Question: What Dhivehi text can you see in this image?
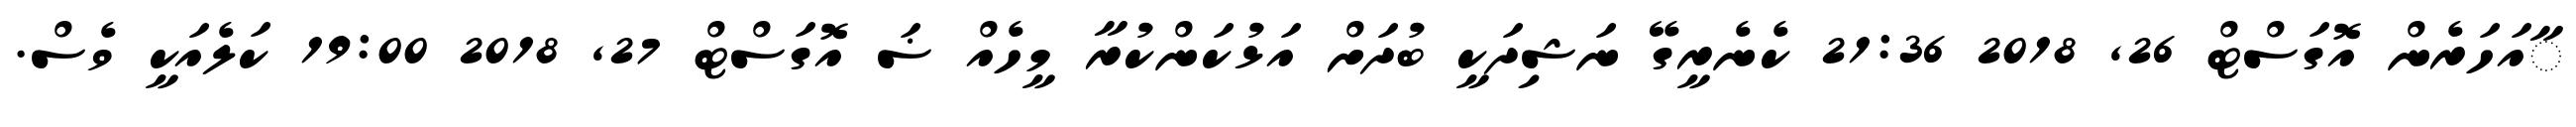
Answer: ާއަހަރެން އޮގަސްޓް 26, 2018 21:36 ކެނެރީގޭ ނަޝިދަކީ ބުދަށް އަޅުކަންކުރާ މީހެއް ޟަ އޮގަސްޓް 27, 2018 19:00 ކަލެއަކީ ވެސް.